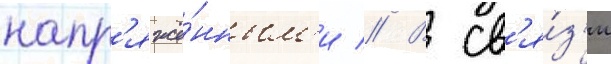
напр'яжё́нным'и // В св'я́з'и